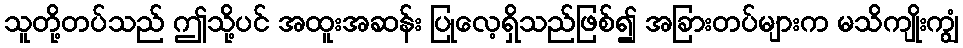
သူတို့တပ်သည် ဤသို့ပင် အထူးအဆန်း ပြုလေ့ရှိသည်ဖြစ်၍ အခြားတပ်များက မသိကျိုးကျွံ